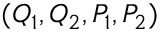
( Q _ { 1 } , Q _ { 2 } , P _ { 1 } , P _ { 2 } )